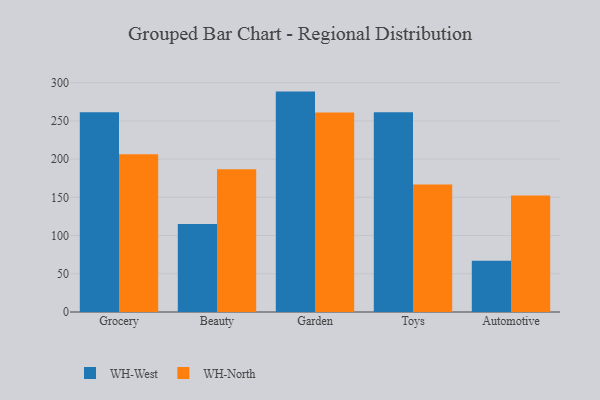
{"axis": {"x": "Category", "y": "Customer Acquisition Cost (USD)"}, "legend": ["WH-North", "WH-West"], "data": [{"x": "Grocery", "y": 261.3, "type": "WH-West"}, {"x": "Grocery", "y": 206.5, "type": "WH-North"}, {"x": "Beauty", "y": 115.0, "type": "WH-West"}, {"x": "Beauty", "y": 186.6, "type": "WH-North"}, {"x": "Garden", "y": 288.3, "type": "WH-West"}, {"x": "Garden", "y": 260.8, "type": "WH-North"}, {"x": "Toys", "y": 261.2, "type": "WH-West"}, {"x": "Toys", "y": 166.7, "type": "WH-North"}, {"x": "Automotive", "y": 66.9, "type": "WH-West"}, {"x": "Automotive", "y": 152.5, "type": "WH-North"}]}